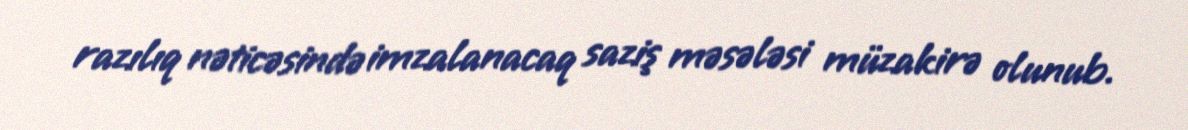
razılıq nəticəsində imzalanacaq saziş məsələsi müzakirə olunub.